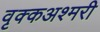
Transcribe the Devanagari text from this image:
वृक्कअश्मरी